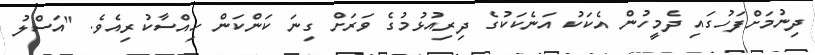
ދިނުމަށްފަހުގައި ދެމީހުން އެކަކު އަނެކަކުގެ ދިރިއުޅުމުގެ ވަރަށް ގިނަ ކަންކަން ހިއްސާކުރިއެވެ. "އަސްލު